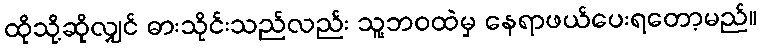
ထိုသို့ဆိုလျှင် ဓားသိုင်းသည်လည်း သူ့ဘဝထဲမှ နေရာဖယ်ပေးရတော့မည်။